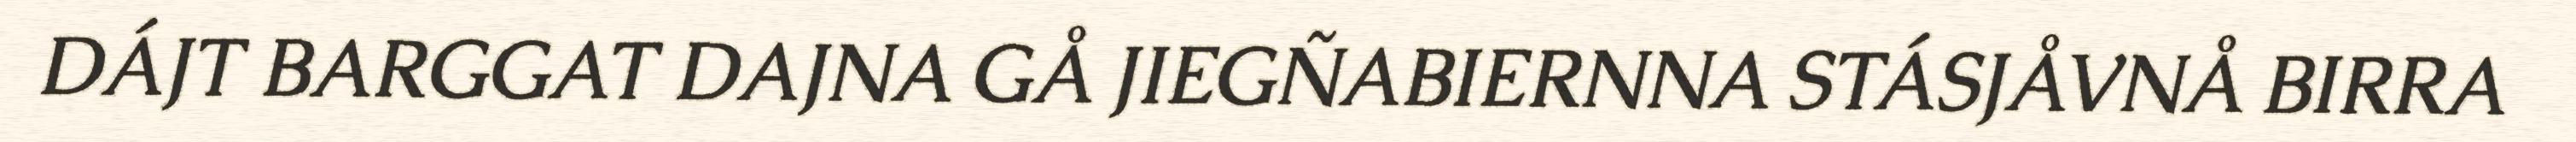
DÁJT BARGGAT DAJNA GÅ JIEGÑABIERNNA STÁSJÅVNÅ BIRRA